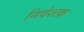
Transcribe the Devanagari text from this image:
निवेशक़